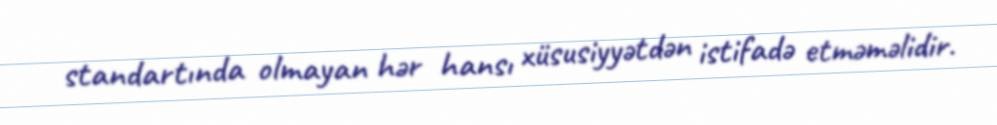
standartında olmayan hər hansı xüsusiyyətdən istifadə etməməlidir.